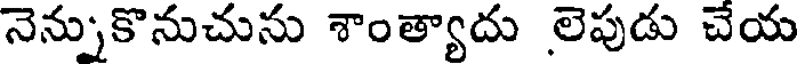
నెన్నుకొనుచును శాంత్యాదు లెపుడు చేయ